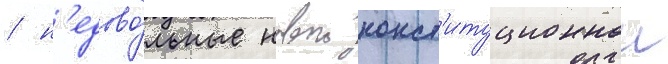
/ н'едово́льные новои конст'итуционнои